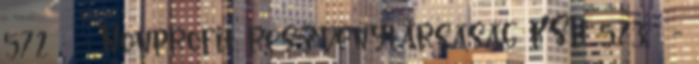
572 ; - Nonprofit részvénytársaság KSH 573 ; -